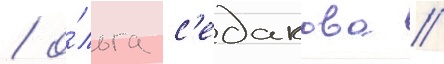
/ о́льга с'едакова /